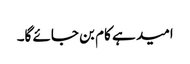
امید ہے کام بن جائے گا۔